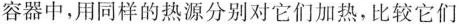
容器中，用同样的热源分别对它们加热，比较它们